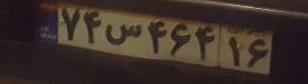
۷۴س۴۶۴۱۶